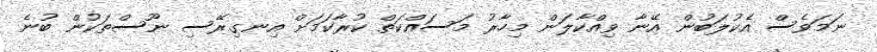
ނަމަވެސް އެކުލަބުން އޭނާ ވިއްކާލަން މިހާރު މަސައްކަތް ކުރާކަމަށް އިނގިރޭސި ނޫސްތަކުން ބުނެ